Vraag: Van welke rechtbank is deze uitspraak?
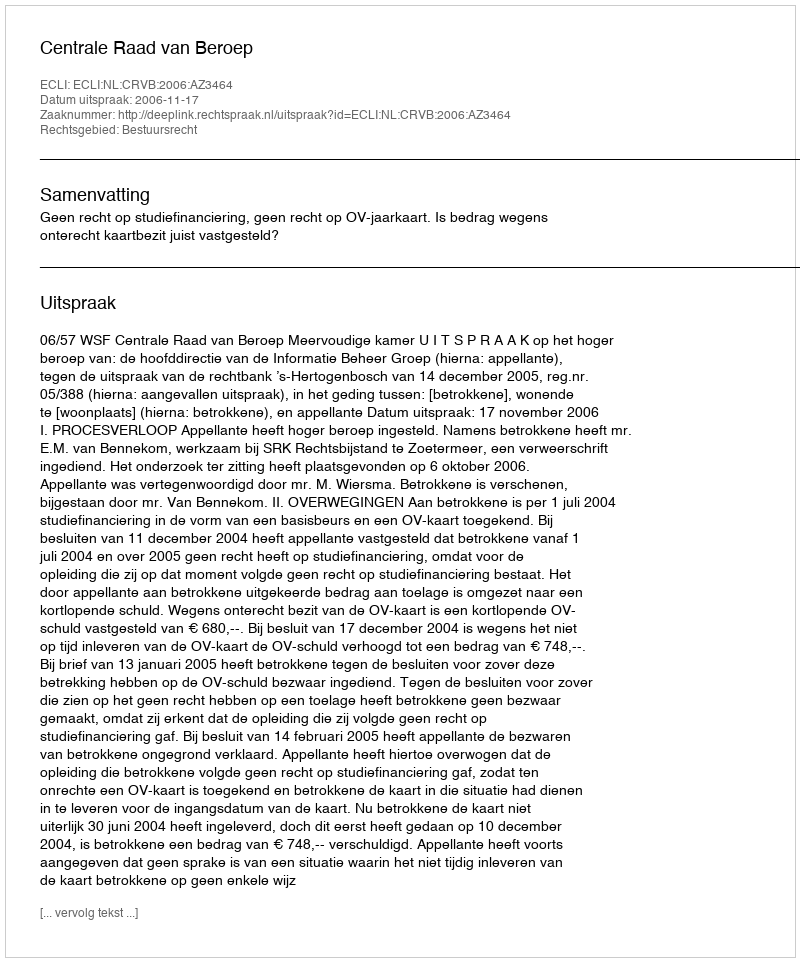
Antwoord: Centrale Raad van Beroep